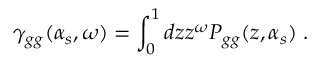
\gamma _ { g g } ( \alpha _ { s } , \omega ) = \int _ { 0 } ^ { 1 } d z z ^ { \omega } P _ { g g } ( z , \alpha _ { s } ) \; .